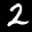
Label: 2